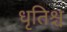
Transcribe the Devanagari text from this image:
धृतिश्च